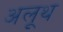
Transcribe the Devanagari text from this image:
अलूथ